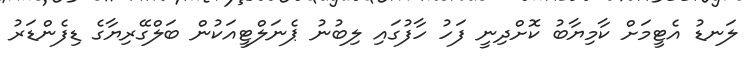
ލަނޑު އެޓީމަށް ކާމިޔާބު ކޮށްދިނީ ފަހު ހާފުގައި ލިބުނު ޕެނަލްޓީއަކުން ބަލްގޭރިޔާގެ ޑިފެންޑަރު